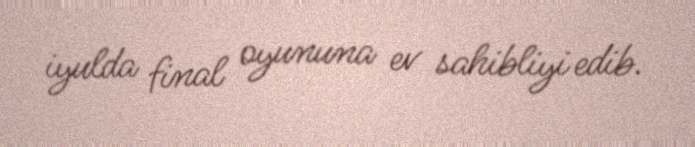
iyulda final oyununa ev sahibliyi edib.